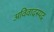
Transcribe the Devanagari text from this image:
अविवादस्पद